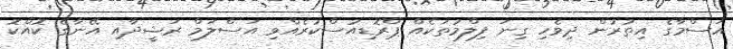
އަސްމާގެ އިތުރުން ދިވެހި ގިނަ ފިލްމުތަކެއް ޕްރޮޑިއުސްކުރެއްވި އަސްލަމް ރަޝީދާއި އޭނާގެ ކޮއްކޮ